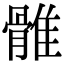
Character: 𩀜